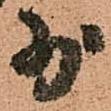
少